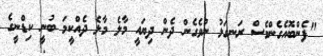
"ފެންބޮއެގެންވެސް ރަނގަޅު ނުވެގެން ދެން ދިޔައީ މާލެ މާލެ ދެއްކީމަ ބުނީ ކިޑްނީގެ